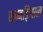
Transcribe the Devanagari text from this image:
सम्बड़ियाल